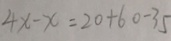
4 x - x = 2 0 + 6 0 - 3 5